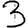
Digit: 3